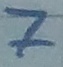
Text: 7